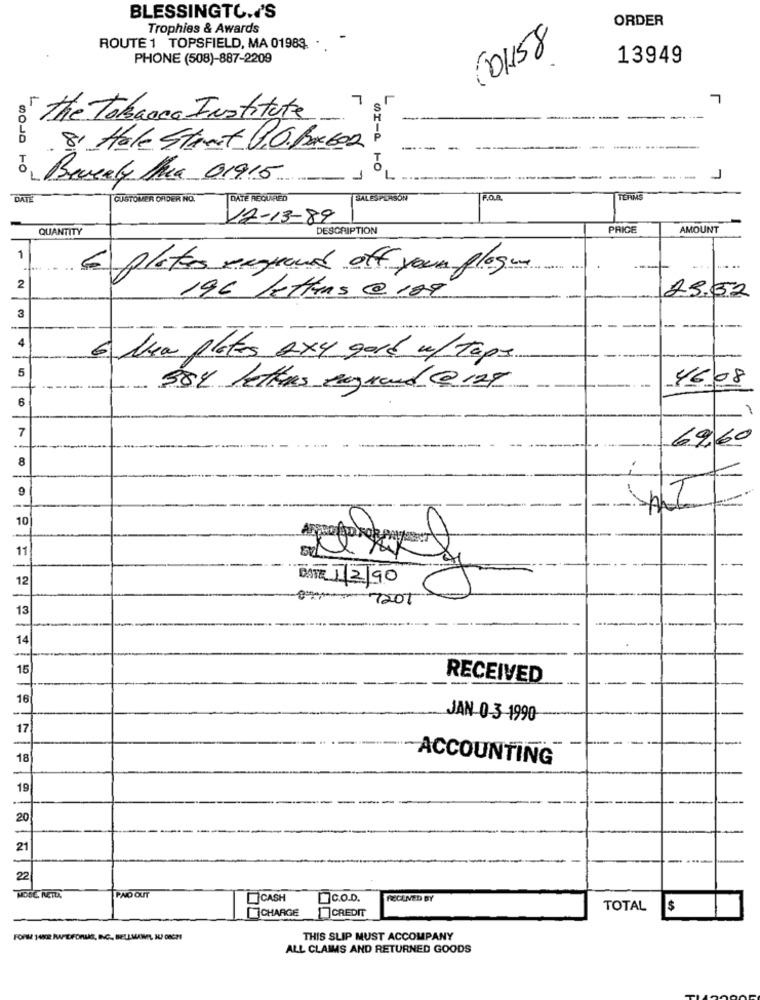
BLESSINGTO .. 'S
ORDER
Trophies & Awards
(101158
ROUTE 1 TOPSFIELD, MA 01983. .
PHONE (508)-887-2209
13949
7
the Tobacco Institute
-
8. Hale Stret 0.O.Box602
to Berealy Aura 01915
DI-A TO
7
DATE
CUSTOMER ORDER NO.
DATE REQUIRED
SALESPERSON
TERMS
12-13-89
QUANTITY
DESCRIPTION
PRICE
AMOUNT
1
plates segand off your plage
2
25.52
196 Letters @ 129
3
4
6 Usa platos 2x4 gové w/ taps
5
46.08
-
584 letters engrand @129
6
7
69,60
8
9
-
-
10
11
--
12
DATE 1/2/90
7201
13
-
14
15
RECEIVED
16
JAN-0-3-1990
17
18
ACCOUNTING
19
20
21
22
MOSE. NETD.
PAID OUT
D.o.D.
RECLNED BY
TOTAL
$
CHARGE
CREDIT
FORM 1482 KWAPIFORLAS, INC. BELLMANIL, NU DICH!
THIS SLIP MUST ACCOMPANY
ALL CLAIMS AND RETURNED GOODS